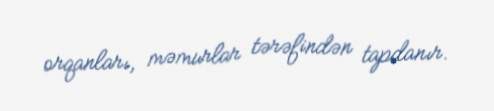
orqanları, məmurlar tərəfindən tapdanır.